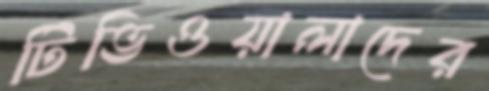
টিভিওয়ালাদের